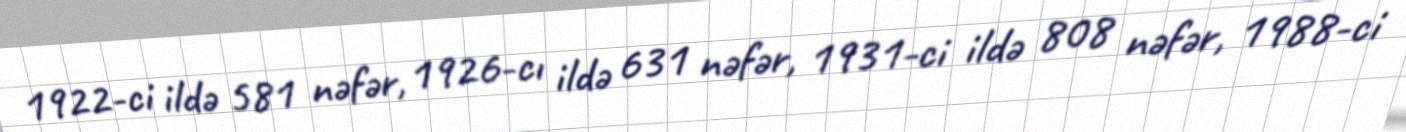
1922-ci ildə 581 nəfər, 1926-cı ildə 631 nəfər, 1931-ci ildə 808 nəfər, 1988-ci